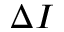
\Delta I